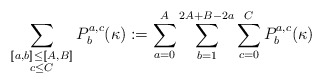
\begin{align*}\sum_{\substack{[\![a,b]\!] \leq [\![A,B]\!]\\c\leq C}} P^{a,c}_{b} (\kappa) : = \sum_{a=0}^{A} \sum_{b=1}^{2A+B-2a} \sum_{c=0}^{C} P^{a,c}_{b}(\kappa) \end{align*}